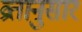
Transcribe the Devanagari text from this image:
व्रतानुसार